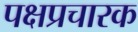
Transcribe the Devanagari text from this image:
पक्षप्रचारक